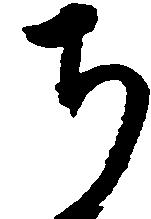
ち